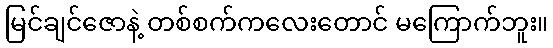
မြင်ချင်ဇောနဲ့ တစ်စက်ကလေးတောင် မကြောက်ဘူး။